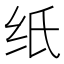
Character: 纸